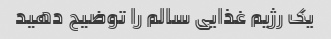
یک رژیم غذایی سالم را توضیح دهید